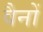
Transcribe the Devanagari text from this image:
वैनों